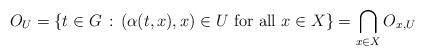
LaTeX: \begin{align*}O_U=\{ t \in G\, :\, (\alpha(t,x),x) \in U \mbox{ for all } x \in X\}=\bigcap_{x \in X} O_{x,U}\end{align*}